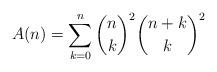
LaTeX: \begin{align*} A (n) = \sum_{k = 0}^n \binom{n}{k}^2 \binom{n + k}{k}^2 \end{align*}